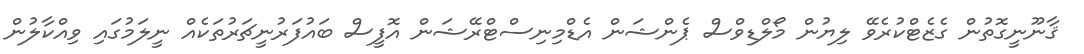
ޤާނޫނީގޮތުން ގެޒެޓްކުރެވޭ ލިޔުން މޯލްޑިވްސް ޕެންޝަން އެޑްމިނިސްޓްރޭޝަން އޮފީސް ބައުފަރުނީޗަރުތަކެއް ނީލަމުގައި ވިއްކާލުން